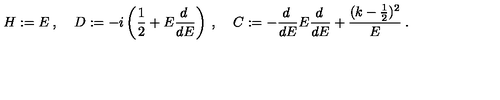
H : = E \: , \: \: \: \: \: D : = - i \left( \frac { 1 } { 2 } + E \frac { d \: } { d E } \right) \: , \: \: \: \: \: C : = - \frac { d \: } { d E } E \frac { d \: } { d E } + \frac { ( k - \frac { 1 } { 2 } ) ^ { 2 } } { E } \: .